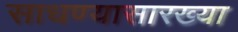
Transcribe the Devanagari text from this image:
साधण्यासारख्या